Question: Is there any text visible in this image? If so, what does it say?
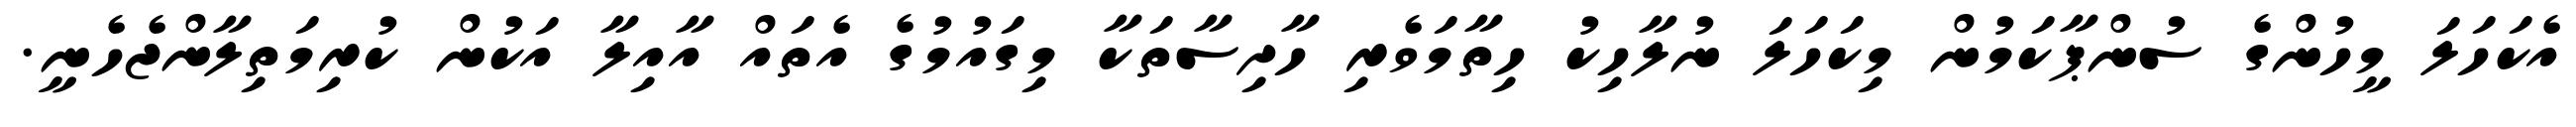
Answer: އެކަހަލަ މީހުންގެ ސުންޕާކަމުން މިކަހަލަ ނުލާހިކު ހިތާމަވެރި ހާދިސާތަކާ މިގައުމުގެ އެތައް އާއިލާ އަކުން ކުރިމަތިލާންޖެހެނީ.